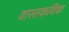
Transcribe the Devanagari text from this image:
वास्तकविक